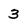
Character: 3